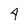
Character: 4